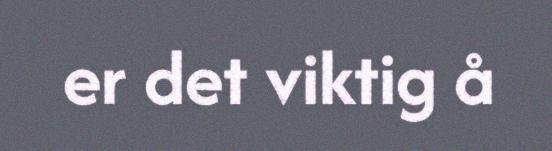
er det viktig å